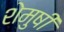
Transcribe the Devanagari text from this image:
शेमुषी